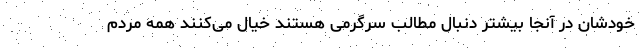
خودشان در آنجا بیشتر دنبال مطالب سرگرمی هستند خیال می‌کنند همه مردم